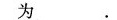
为 .